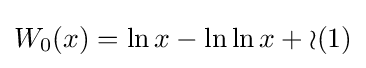
W_{0}(x)=\ln x-\ln \ln x+{\mathcal {o}}(1)